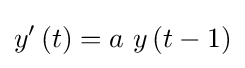
y'\left(t\right)=a\ y\left(t-1\right)